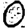
Digit: 0